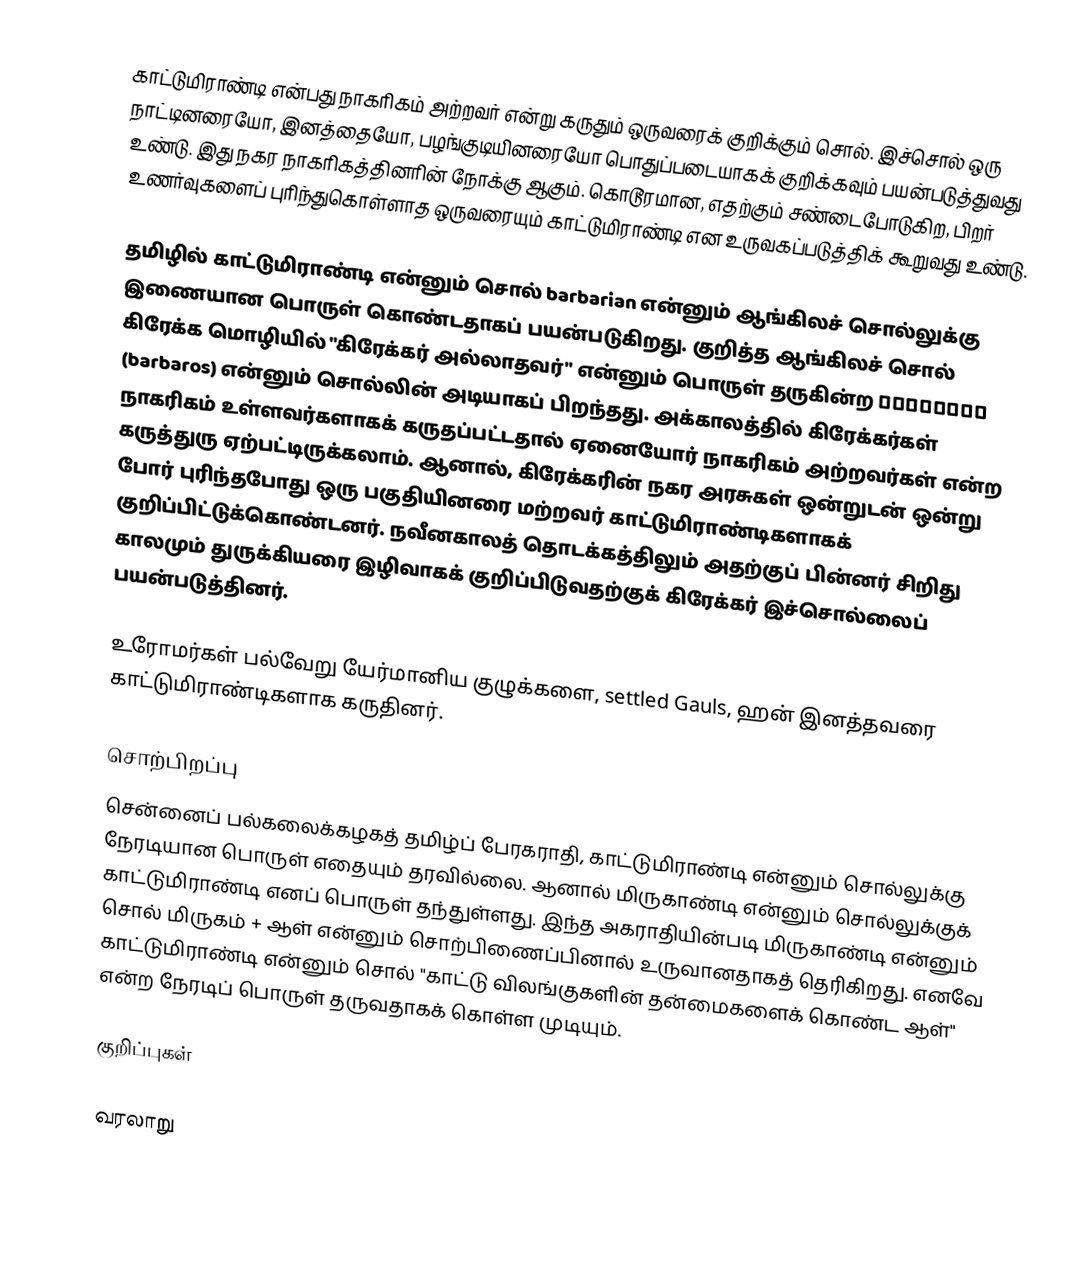
காட்டுமிராண்டி என்பது நாகரிகம் அற்றவர் என்று கருதும் ஒருவரைக் குறிக்கும் சொல். இச்சொல் ஒரு நாட்டினரையோ, இனத்தையோ, பழங்குடியினரையோ பொதுப்படையாகக் குறிக்கவும் பயன்படுத்துவது உண்டு. இது நகர நாகரிகத்தினரின் நோக்கு ஆகும். கொடூரமான, எதற்கும் சண்டைபோடுகிற, பிறர் உணர்வுகளைப் புரிந்துகொள்ளாத ஒருவரையும் காட்டுமிராண்டி என உருவகப்படுத்திக் கூறுவது உண்டு.

தமிழில் காட்டுமிராண்டி என்னும் சொல் barbarian என்னும் ஆங்கிலச் சொல்லுக்கு இணையான பொருள் கொண்டதாகப் பயன்படுகிறது. குறித்த ஆங்கிலச் சொல் கிரேக்க மொழியில் "கிரேக்கர் அல்லாதவர்" என்னும் பொருள் தருகின்ற βάρβαρος (barbaros) என்னும் சொல்லின் அடியாகப் பிறந்தது. அக்காலத்தில் கிரேக்கர்கள் நாகரிகம் உள்ளவர்களாகக் கருதப்பட்டதால் ஏனையோர் நாகரிகம் அற்றவர்கள் என்ற கருத்துரு ஏற்பட்டிருக்கலாம். ஆனால், கிரேக்கரின் நகர அரசுகள் ஒன்றுடன் ஒன்று போர் புரிந்தபோது ஒரு பகுதியினரை மற்றவர் காட்டுமிராண்டிகளாகக் குறிப்பிட்டுக்கொண்டனர். நவீனகாலத் தொடக்கத்திலும் அதற்குப் பின்னர் சிறிது காலமும் துருக்கியரை இழிவாகக் குறிப்பிடுவதற்குக் கிரேக்கர் இச்சொல்லைப் பயன்படுத்தினர்.

உரோமர்கள் பல்வேறு யேர்மானிய குழுக்களை, settled Gauls, ஹன் இனத்தவரை காட்டுமிராண்டிகளாக கருதினர்.

சொற்பிறப்பு
சென்னைப் பல்கலைக்கழகத் தமிழ்ப் பேரகராதி, காட்டுமிராண்டி என்னும் சொல்லுக்கு நேரடியான பொருள் எதையும் தரவில்லை. ஆனால் மிருகாண்டி என்னும் சொல்லுக்குக் காட்டுமிராண்டி எனப் பொருள் தந்துள்ளது. இந்த அகராதியின்படி மிருகாண்டி என்னும் சொல் மிருகம் + ஆள் என்னும் சொற்பிணைப்பினால் உருவானதாகத் தெரிகிறது. எனவே காட்டுமிராண்டி என்னும் சொல் "காட்டு விலங்குகளின் தன்மைகளைக் கொண்ட ஆள்" என்ற நேரடிப் பொருள் தருவதாகக் கொள்ள முடியும்.

குறிப்புகள்

வரலாறு